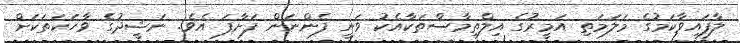
ލާފައިވާކަމުގެ މަލަމަތި އަމީރުގެ އިލްތިމާސްތަކާއެކު ވަނީ ފެންނަން ފަށާފަ އެވެ. ނަޝީދުގެ ވާހަކަތަކަށް